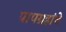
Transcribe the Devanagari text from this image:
पापग्रहांचे